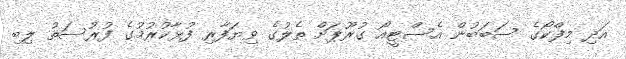
އަދި މިފްކޯގެ ސަބަބުން އެސްޓީއޯ ގުރޫޕަށް ތެލުގެ ވިޔަފާރި ފުޅާކުރުމުގެ ފުރުސަތު ލިބި